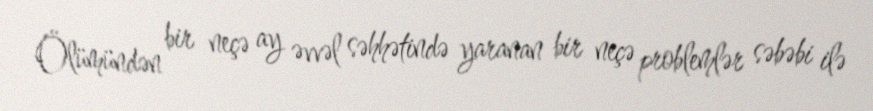
Ölümündən bir neçə ay əvvəl səhhətində yaranan bir neçə problemlər səbəbi ilə